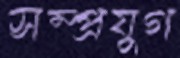
সম্প্রযুগ